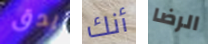
يدق أنك الرضا